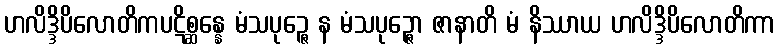
ဟလိဒ္ဒိပိလောတိကပဋိစ္ဆန္နေ မံသပုဉ္ဇေ န မံသပုဉ္ဇော ဇာနာတိ မံ နိဿာယ ဟလိဒ္ဒိပိလောတိကာ